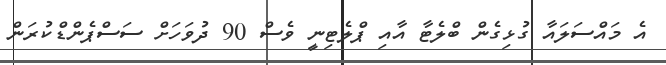
އެ މައްސަލައާ ގުޅިގެން ބްލެޓާ އާއި ޕްލެޓިނީ ވެސް 90 ދުވަހަށް ސަސްޕެންޑްކުރަން